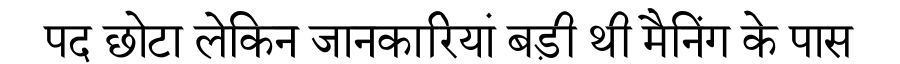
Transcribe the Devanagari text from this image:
पद छोटा लेकिन जानकारियां बड़ी थी मैनिंग के पास